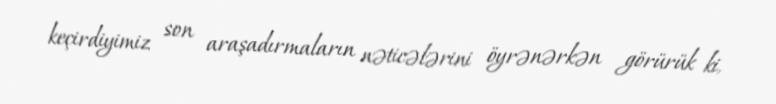
keçirdiyimiz son araşadırmaların nəticələrini öyrənərkən görürük ki,